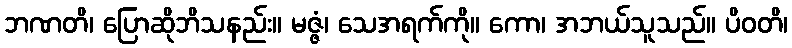
ဘဏတိ၊ ပြောဆိုဘိသနည်း။ မဇ္ဇံ၊ သေအရက်ကို။ ကော၊ အဘယ်သူသည်။ ပိဝတိ၊